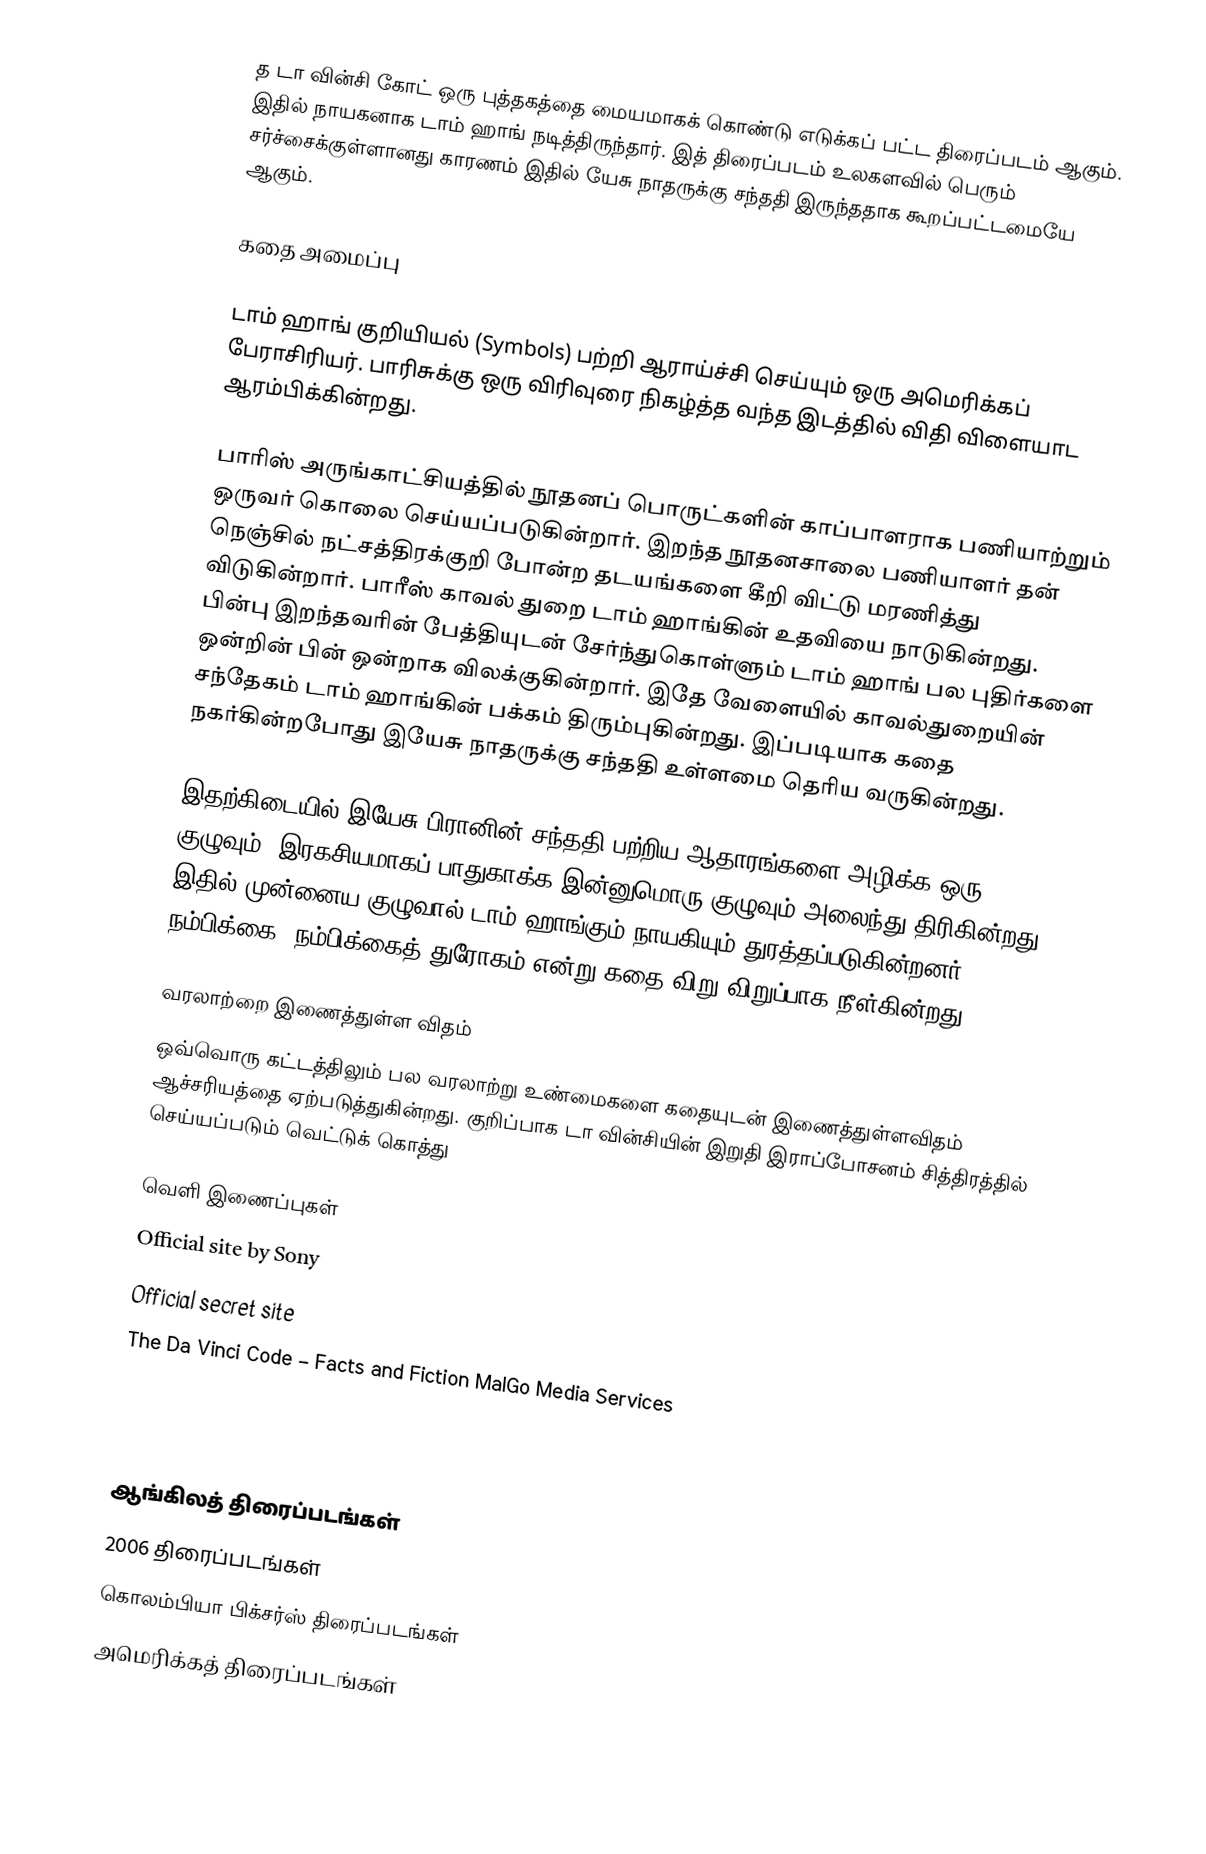
த டா வின்சி கோட் ஒரு புத்தகத்தை மையமாகக் கொண்டு எடுக்கப் பட்ட திரைப்படம் ஆகும். இதில் நாயகனாக டாம் ஹாங் நடித்திருந்தார். இத் திரைப்படம் உலகளவில் பெரும் சர்ச்சைக்குள்ளானது காரணம் இதில் யேசு நாதருக்கு சந்ததி இருந்ததாக கூறப்பட்டமையே ஆகும்.

கதை அமைப்பு

டாம் ஹாங் குறியியல் (Symbols) பற்றி ஆராய்ச்சி செய்யும் ஒரு அமெரிக்கப் பேராசிரியர். பாரிசுக்கு ஒரு விரிவுரை நிகழ்த்த வந்த இடத்தில் விதி விளையாட ஆரம்பிக்கின்றது.

பாரிஸ் அருங்காட்சியத்தில் நூதனப் பொருட்களின் காப்பாளராக பணியாற்றும் ஒருவர் கொலை செய்யப்படுகின்றார். இறந்த நூதனசாலை பணியாளர் தன் நெஞ்சில் நட்சத்திரக்குறி போன்ற தடயங்களை கீறி விட்டு மரணித்து விடுகின்றார். பாரீஸ் காவல் துறை டாம் ஹாங்கின் உதவியை நாடுகின்றது. பின்பு இறந்தவரின் பேத்தியுடன் சேர்ந்துகொள்ளும் டாம் ஹாங் பல புதிர்களை ஒன்றின் பின் ஒன்றாக விலக்குகின்றார். இதே வேளையில் காவல்துறையின் சந்தேகம் டாம் ஹாங்கின் பக்கம் திரும்புகின்றது. இப்படியாக கதை நகர்கின்றபோது இயேசு நாதருக்கு சந்ததி உள்ளமை தெரிய வருகின்றது.

இதற்கிடையில் இயேசு பிரானின் சந்ததி பற்றிய ஆதாரங்களை அழிக்க ஒரு குழுவும், இரகசியமாகப் பாதுகாக்க இன்னுமொரு குழுவும் அலைந்து திரிகின்றது. இதில் முன்னைய குழுவால் டாம் ஹாங்கும் நாயகியும் துரத்தப்படுகின்றனர். நம்பிக்கை, நம்பிக்கைத் துரோகம் என்று கதை விறு விறுப்பாக நீள்கின்றது

வரலாற்றை இணைத்துள்ள விதம்
ஒவ்வொரு கட்டத்திலும் பல வரலாற்று உண்மைகளை கதையுடன் இணைத்துள்ளவிதம் ஆச்சரியத்தை ஏற்படுத்துகின்றது. குறிப்பாக டா வின்சியின் இறுதி இராப்போசனம் சித்திரத்தில் செய்யப்படும் வெட்டுக் கொத்து

வெளி இணைப்புகள்
 Official site by Sony
 Official secret site
 The Da Vinci Code – Facts and Fiction  MalGo Media Services
 The Davinci Code's Trailer at VideoHitz

 Review  at Lunapark6.com

ஆங்கிலத் திரைப்படங்கள்
2006 திரைப்படங்கள்
கொலம்பியா பிக்சர்ஸ் திரைப்படங்கள்
அமெரிக்கத் திரைப்படங்கள்